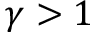
\gamma > 1